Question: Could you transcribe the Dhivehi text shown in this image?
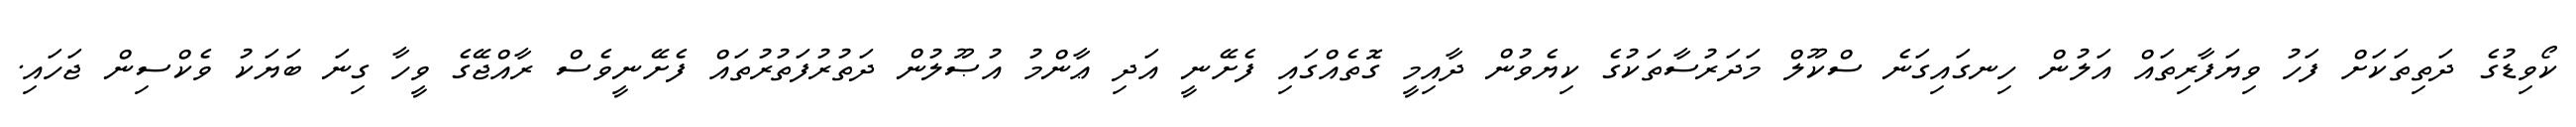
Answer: ކޯވިޑުގެ ދަތިތަކަށް ފަހު ވިޔަފާރިތައް އަލުން ހިނގައިގަނެ ސްކޫލް މަދަރުސާތަކުގެ ކިޔެވުން ދާއިމީ ގޮތެއްގައި ފެށޭނީ އަދި ޢާންމު އުޞޫލުން ދަތުރުފަތުރުތައް ފެށޭނީވެސް ރާއްޖޭގެ ވީހާ ގިނަ ބަޔަކު ވެކްސިން ޖަހައި.